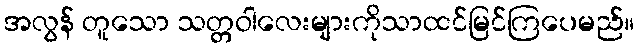
အလွန် တူသော သတ္တဝါလေးများကိုသာထင်မြင်ကြပေမည်။